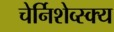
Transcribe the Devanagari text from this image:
चेर्निशेव्स्क्य